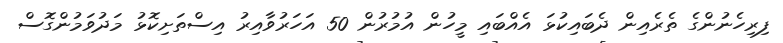
ފިރިހެނުންގެ ތެރެއިން ދެބައިކުޅަ އެއްބައި މީހުން އުމުރުން 50 އަހަރުވާއިރު އިސްތަށިކޮޅު މަދުވަމުންގޮސް